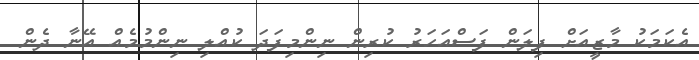
އެކަމަކު މާޒީއަށް ފިލަން ފަސްއަހަރު ކުރިން ނިންމިފަދަ ކުއްލި ނިންމުމެއް އޭނާ ދެން